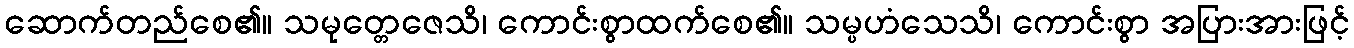
ဆောက်တည်စေ၏။ သမုတ္တေဇေသိ၊ ကောင်းစွာထက်စေ၏။ သမ္ပဟံသေသိ၊ ကောင်းစွာ အပြားအားဖြင့်